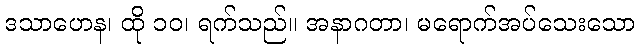
ဒသာဟေန၊ ထို ၁၀၊ ရက်သည်။ အနာဂတာ၊ မရောက်အပ်သေးသော